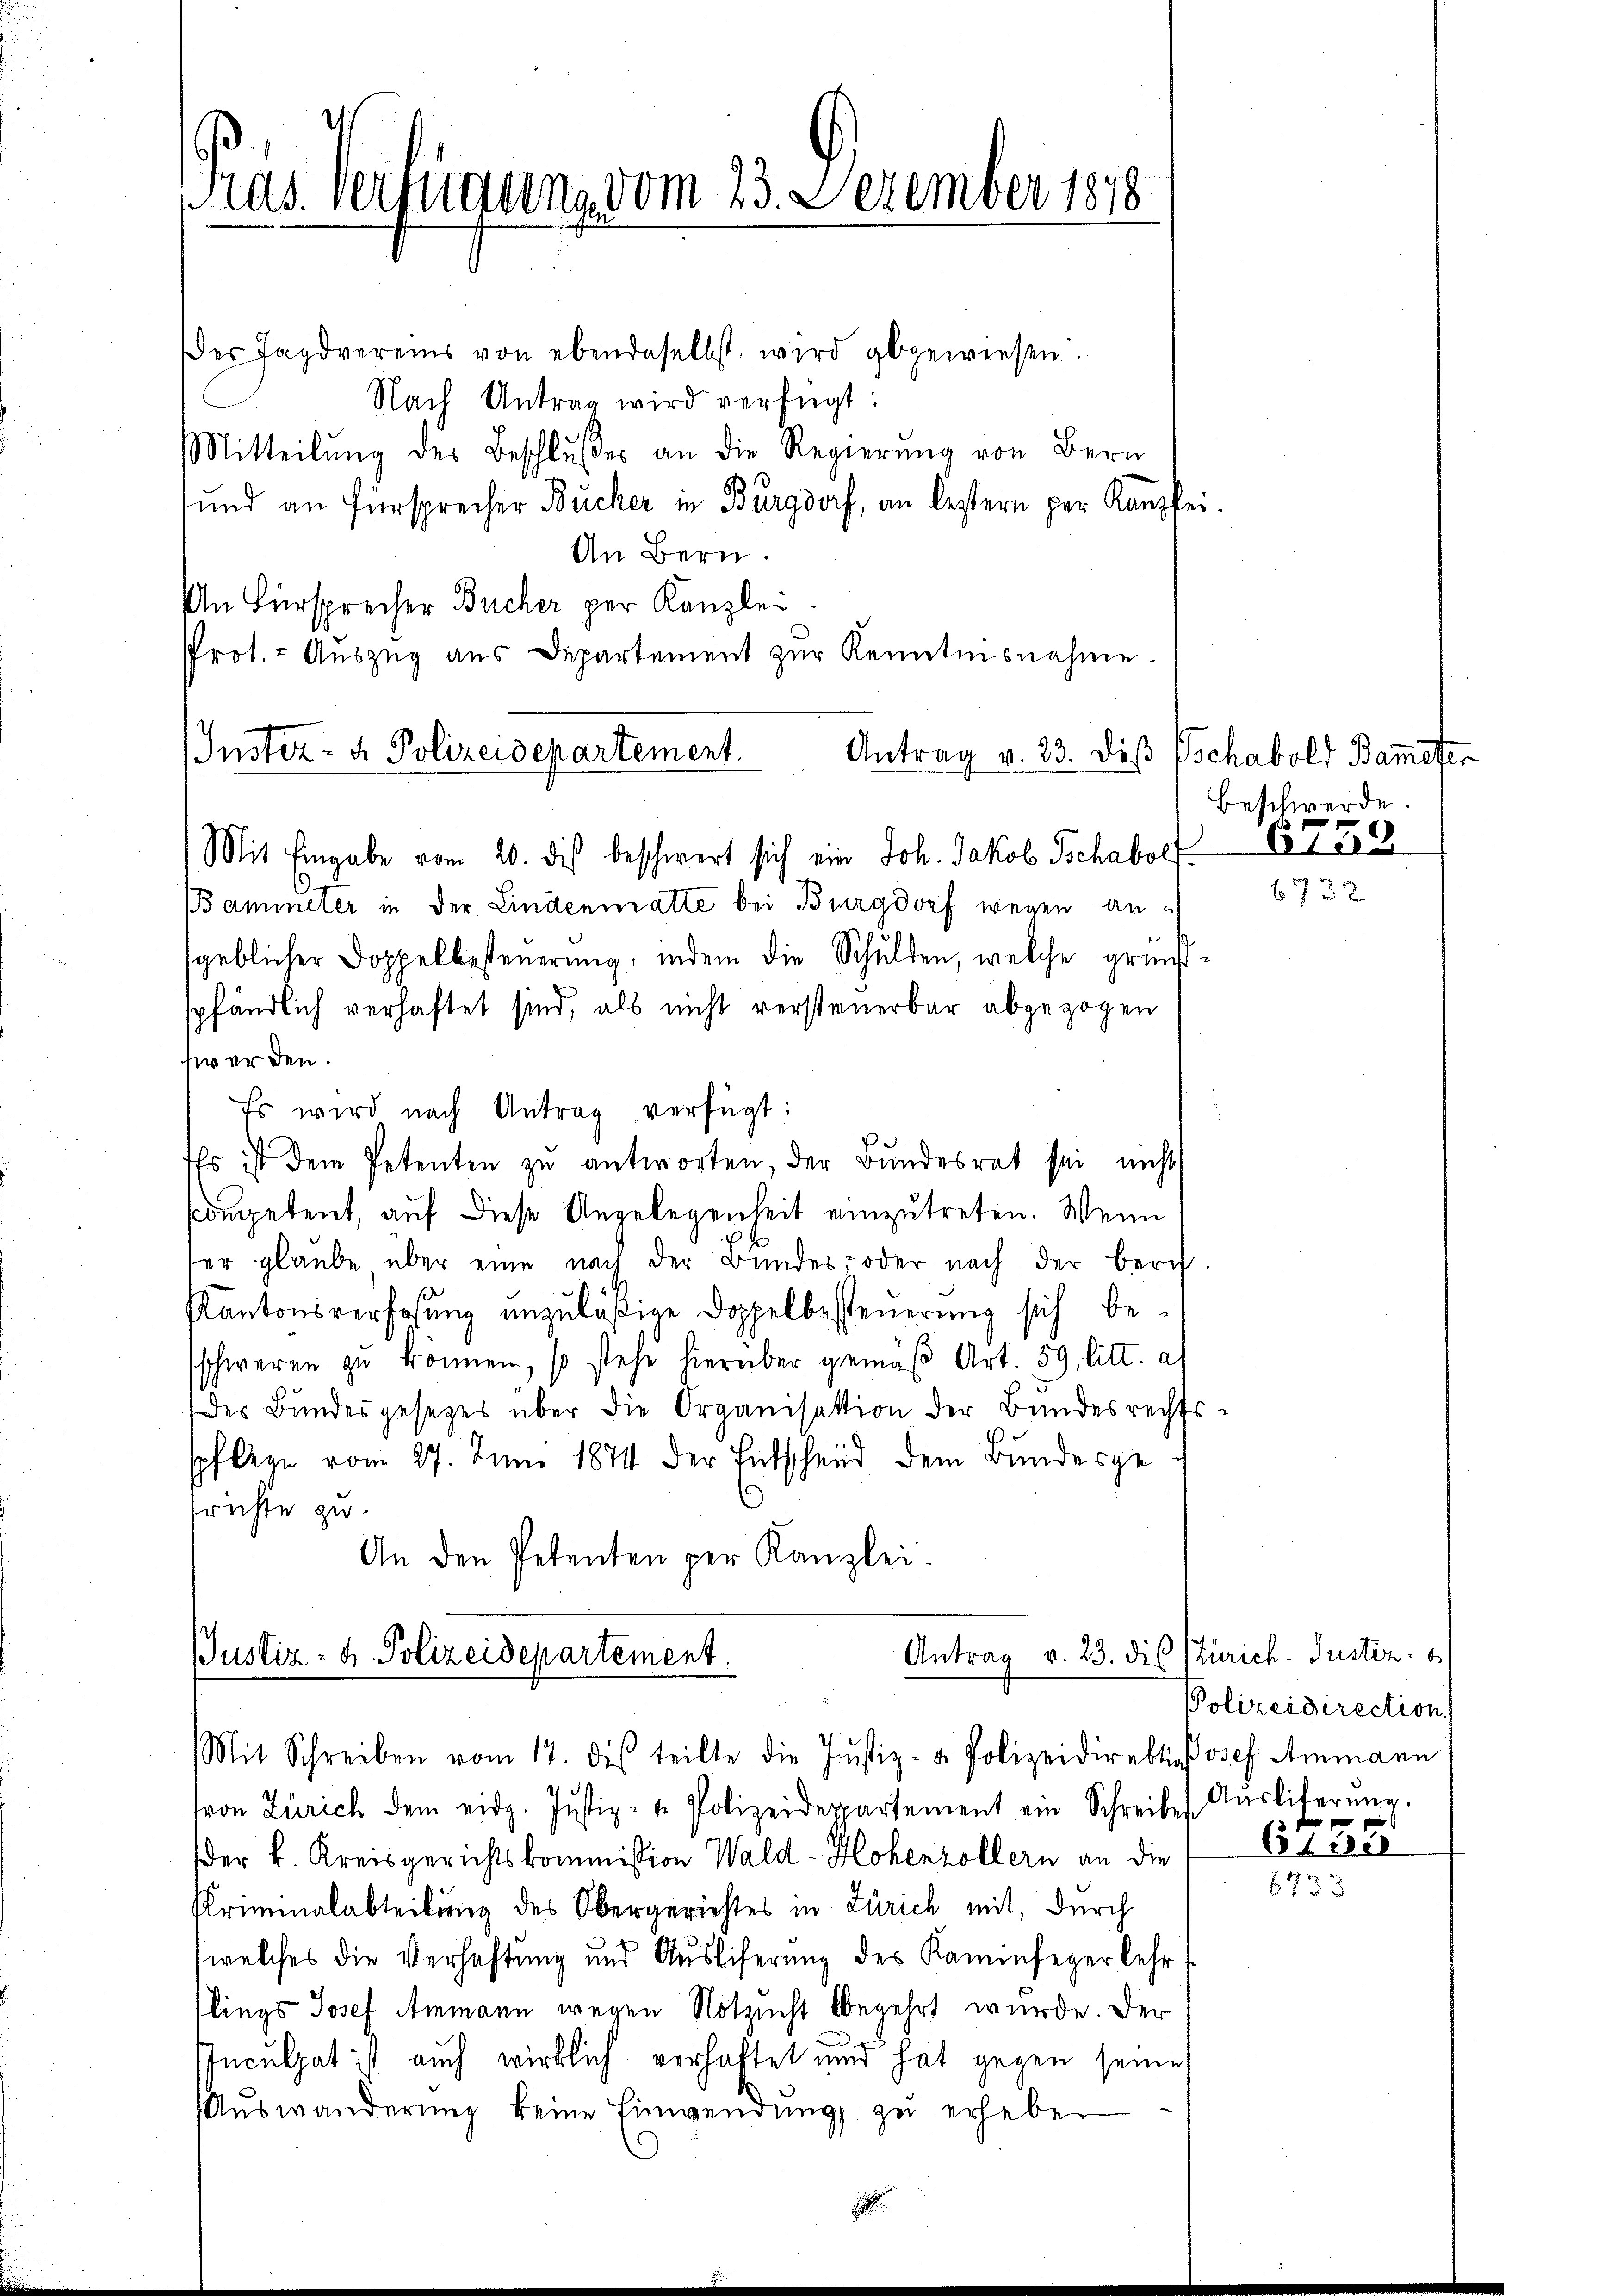
Pras Verfügung vom 23. Dezember 1878

der Tagdvereins von ebendaselbst wird abgewiesen.
Nach Antrag wird verfügt:
Mitteilŭng des Beschlußes an die Regierŭng von Bern
sund an Fürsprecher Bücher in Burgdorf, an leztern per Kanzlei
An Bern.
An Fürsprecher Bücher per Kanzlei
Prot. - Auszug aus Departement zur Kenntnisnahme.
Bammneter in der Lindenmatte bei Burgdorf wegen angeblicher Doppelbesteuerung, indem die Schulden, welche grundspfändlich verhaftet sind, als nicht versteuerbar abgezogen
fier den
Es wird nach Antrag, verfügt:
Es ist dem Petenten zu antworten, der Bundesrat sei nicht
ccompetent, auf diese Angelegenheit einzutreten. Wenn
er glaube über eine nach der Bundes- oder nach der berg.
KKantonsverhöhung anzuläßige Doppelbesteuerung sich besschweren zu können, so stehe hierüber gemäβ Art. 59, litt. a.
des Bundesgesezes über die Organisation der Bundesrechts-
pflege vom 27. Juni 1874 der Entscheid dem Bundesgefrichte zu
An den Petenten per Kanzlei.

Iuster- u Polizeidepartement.
Mit Eingabe vom 20. dieß beschwert sich ein Joh. Jakob Schabolf Ste

Antrag v. 23. diß Tschabold Bameter

Justiz: H. Polizeidepartement.
Mit Schreiben vom 17. des teilte die Justiz- & Polizeidirektion osef Ammann

ton Zürich dem eidg. Justiz- u. Polizeidepartement ein Schreibes Aŭsliterŭng.
der k. Kreisgerichtskommission Wald - Hohenzollern an die
Kriminalabteilung des Obergerichtes in Zürich mit, durch
welches die Verhaftung und Ausliferung des Kaminfeger lehr
lings Josef Ammann wegen Notzucht begehrt wurde. Der
IInculpat ist auch wirklich verhaftet und hat gegen seine
Auswanderung keine Einwendung zu erheben

Antrag v. 23. dis Zürich- Justiz

Beschwerde.

6738

Polizeidirection.
f

6130
6733